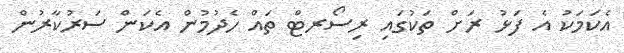
އެކަމަކު އެ ފަޅު ރަށް ތަކުގައި ރިސޯރޓް ތައް ހެދުމުން އެކަން ސަރުކާރުން